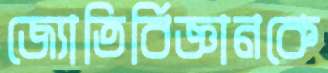
জ্যোতির্বিজ্ঞানকে